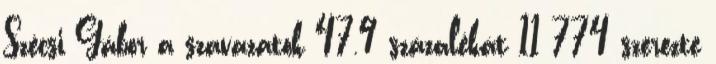
Szécsi Gábor a szavazatok 47,9 százalékát 11 774 szerezte